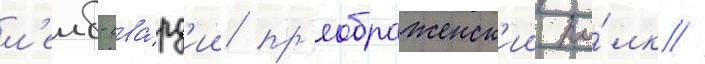
л'еиб-гва́рд'ии пр'еображенск'ии по́лк //